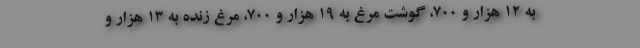
به ۱۲ هزار و ۷۰۰، گوشت مرغ به ۱۹ هزار و ۷۰۰، مرغ زنده به ۱۳ هزار و